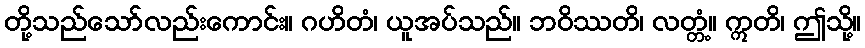
တို့သည်သော်လည်းကောင်း။ ဂဟိတံ၊ ယူအပ်သည်။ ဘဝိဿတိ၊ လတ္တံ့။ ဣတိ၊ ဤသို့။